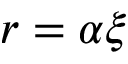
r = \alpha \xi